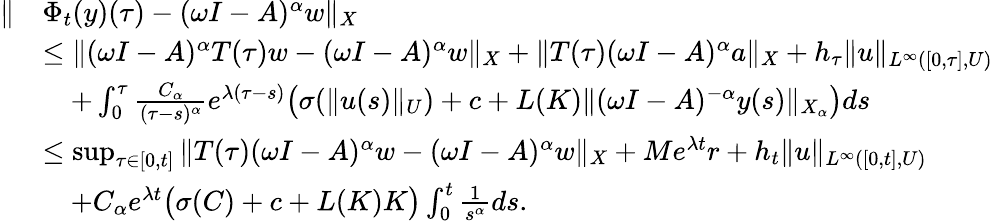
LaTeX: \begin{array}{rl}{\| }&{\Phi_{t}(y)(\tau)-(\omega I-A)^{\alpha}w\| _{X}}\\ &{\leq\| (\omega I-A)^{\alpha}T(\tau)w-(\omega I-A)^{\alpha}w\| _{X}+\| T(\tau)(\omega I-A)^{\alpha}a\| _{X}+h_{\tau}\| u\| _{L^{\infty}([0,\tau],U)}}\\ &{\quad+\int_{0}^{\tau}\frac{C_{\alpha}}{(\tau-s)^{\alpha}}e^{\lambda(\tau-s)}\big(\sigma(\| u(s)\| _{U})+c+L(K)\| (\omega I-A)^{-\alpha}y(s)\| _{X_{\alpha}}\big)ds}\\ &{\leq\operatorname*{sup}_{\tau\in[0,t]}\| T(\tau)(\omega I-A)^{\alpha}w-(\omega I-A)^{\alpha}w\| _{X}+Me^{\lambda t}r+h_{t}\| u\| _{L^{\infty}([0,t],U)}}\\ &{\quad+C_{\alpha}e^{\lambda t}\big(\sigma(C)+c+L(K)K\big)\int_{0}^{t}\frac{1}{s^{\alpha}}ds.}\end{array}